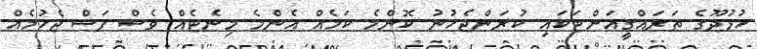
ހުޅުދޫގެ ތަރައްގީއަށްޓަކައި ކުރަންޖެހުނު ކޮންމެ ކަމެއް އެންމެ މިނެޓެއް ވެސް ފަސް ޖެހުމެއް